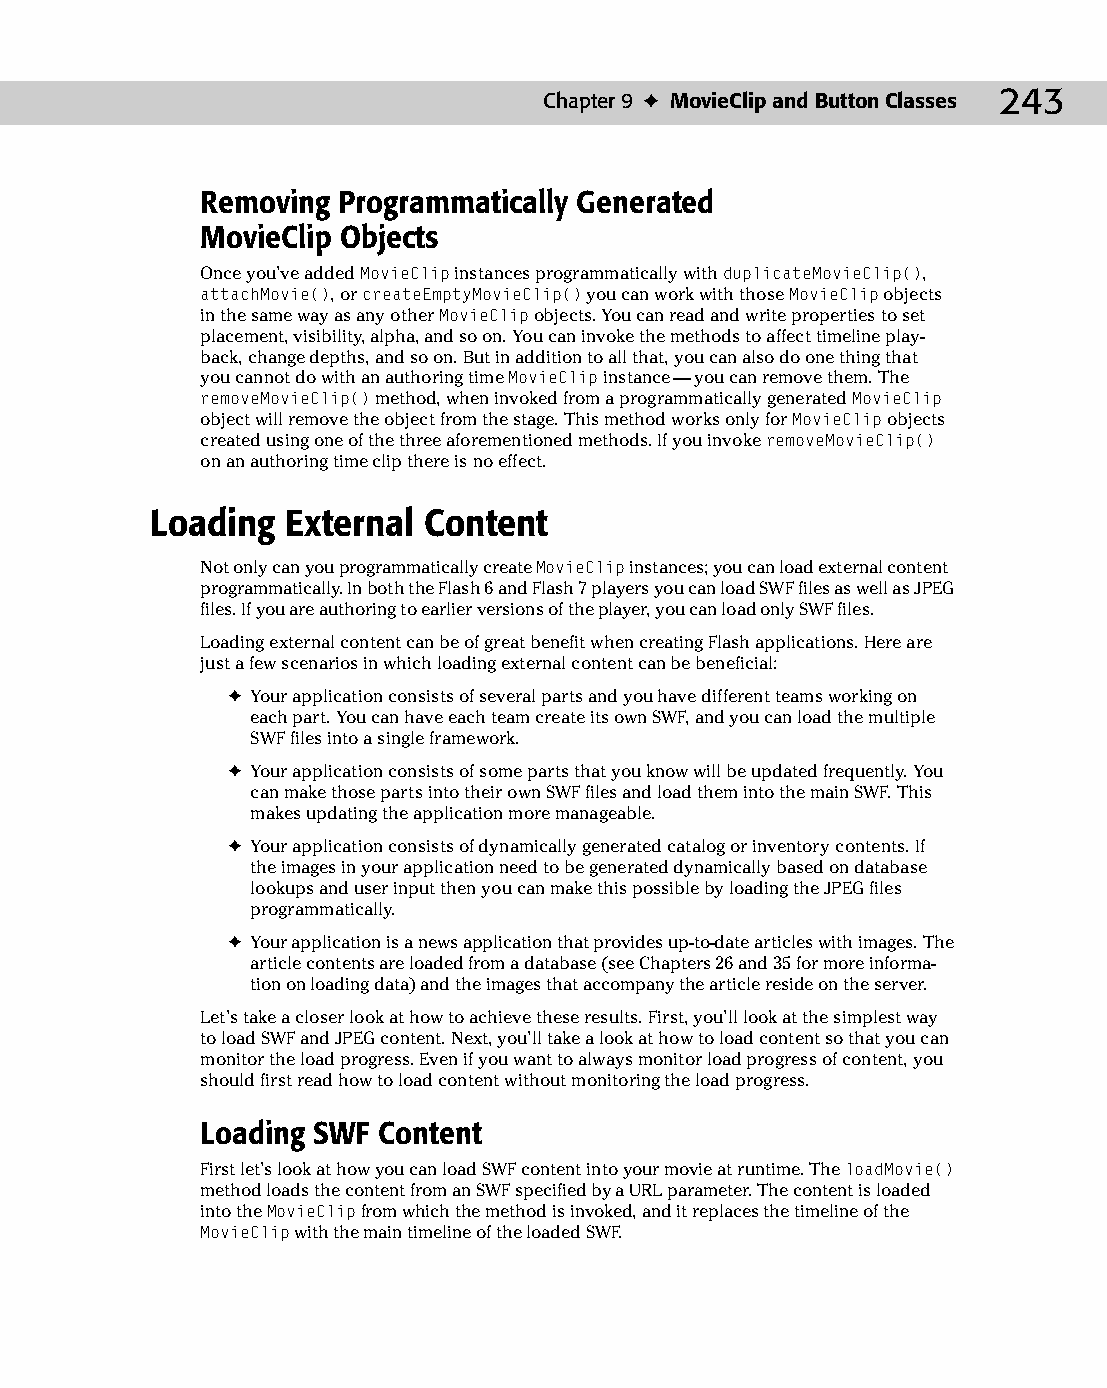
13 543547 ch09.qxd 3/24/04 3:49 PM Page 243
 Chapter 9 ✦ MovieClip and Button Classes 243
 Removing Programmatically Generated
 MovieClip Objects
 Once you’ve added MovieClip instances programmatically with duplicateMovieClip(),
 attachMovie(), or createEmptyMovieClip() you can work with those MovieClip objects
 in the same way as any other MovieClip objects. You can read and write properties to set
 placement, visibility, alpha, and so on. You can invoke the methods to affect timeline play­
 back, change depths, and so on. But in addition to all that, you can also do one thing that
 you cannot do with an authoring time MovieClip instance — you can remove them. The
 removeMovieClip() method, when invoked from a programmatically generated MovieClip
 object will remove the object from the stage. This method works only for MovieClip objects
 created using one of the three aforementioned methods. If you invoke removeMovieClip()
 on an authoring time clip there is no effect.
 Loading  External Content
 Not only can you programmatically create MovieClip instances; you can load external content
 programmatically. In both the Flash 6 and Flash 7 players you can load SWF files as well as JPEG
 files. If you are authoring to earlier versions of the player, you can load only SWF files.
 Loading external content can be of great benefit when creating Flash applications. Here are
 just a few scenarios in which loading external content can be beneficial:
 ✦ Your application consists of several parts and you have different teams working on
 each part. You can have each team create its own SWF, and you can load the multiple
 SWF files into a single framework.
 ✦ Your application consists of some parts that you know will be updated frequently. You
 can make those parts into their own SWF files and load them into the main SWF. This
 makes updating the application more manageable.
 ✦ Your application consists of dynamically generated catalog or inventory contents. If
 the images in your application need to be generated dynamically based on database
 lookups and user input then you can make this possible by loading the JPEG files
 programmatically.
 ✦ Your application is a news application that provides up-to-date articles with images. The
 article contents are loaded from a database (see Chapters 26 and 35 for more informa­
 tion on loading data) and the images that accompany the article reside on the server.
 Let’s take a closer look at how to achieve these results. First, you’ll look at the simplest way
 to load SWF and JPEG content. Next, you’ll take a look at how to load content so that you can
 monitor the load progress. Even if you want to always monitor load progress of content, you
 should first read how to load content without monitoring the load progress.
 Loading SWF Content
 First let’s look at how you can load SWF content into your movie at runtime. The loadMovie()
 method loads the content from an SWF specified by a URL parameter. The content is loaded
 into the MovieClip from which the method is invoked, and it replaces the timeline of the
 MovieClip with the main timeline of the loaded SWF.